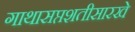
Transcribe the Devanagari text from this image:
गाथासप्तशतीसारखे